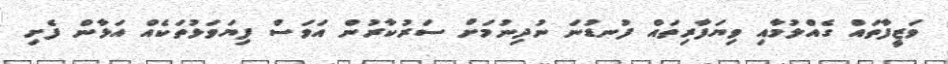
ވަޒީފާތައް ގެއްލުމާއި ވިޔަފާރިތައް ފުނޑުނަ ނުދިނުމަށް ސަރުކާރުން އަވަސް ފިޔަވަޅުތަކެއް އަޅާން ފެށި